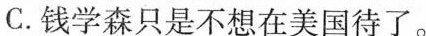
C.钱学森只是不想在美国待了。